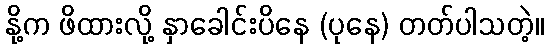
နို့က ဖိထားလို့ နှာခေါင်းပိနေ (ပုနေ) တတ်ပါသတဲ့။